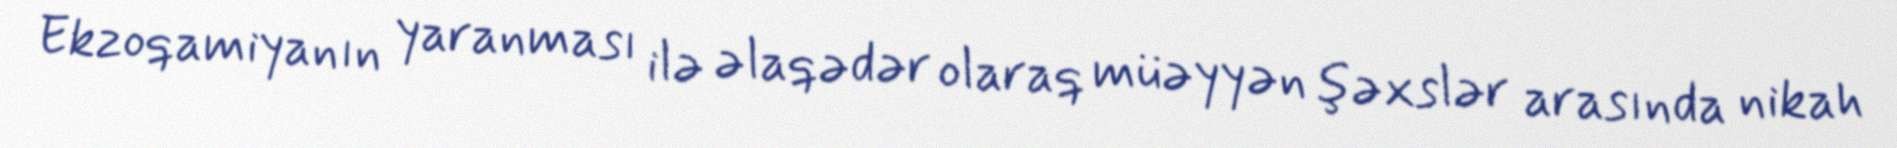
Ekzoqamiyanın yaranması ilə əlaqədər olaraq müəyyən şəxslər arasında nikah